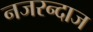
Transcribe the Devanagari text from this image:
नजरन्दाज